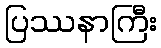
ပြဿနာကြီး